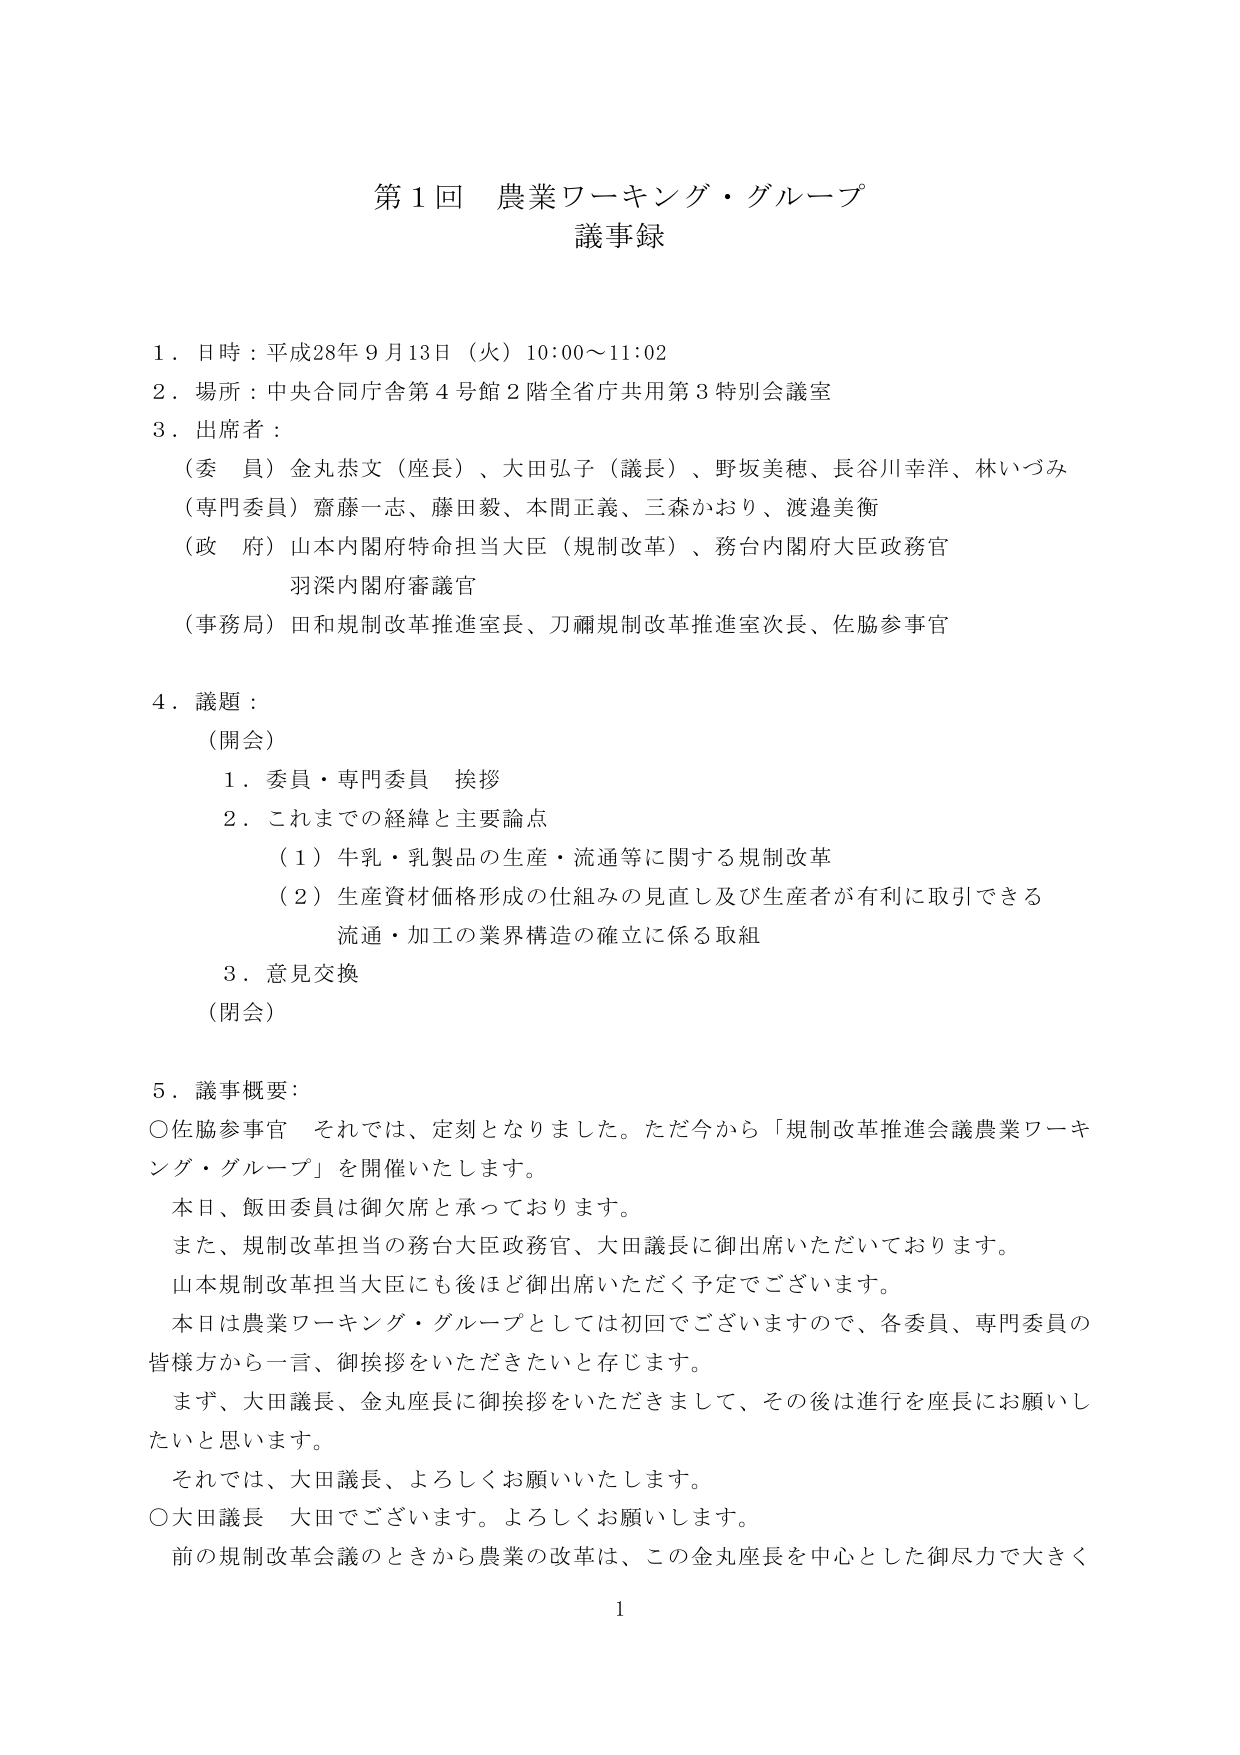
第１回 農業ワーキング・グループ
議事録

１．日時：平成28年９月13日（火）10:00～11:02
２．場所：中央合同庁舎第４号館２階全省庁共用第３特別会議室
３．出席者：
　（委員）金丸恭文（座長）、大田弘子（議長）、野坂美穂、長谷川幸洋、林いづみ
　（専門委員）齋藤一志、藤田毅、本間正義、三森かおり、渡邉美衡
　（政府）山本内閣府特命担当大臣（規制改革）、務台内閣府大臣政務官
　　　　　羽深内閣府審議官
　（事務局）田和規制改革推進室長、刀禰規制改革推進室次長、佐脇参事官

４．議題：
　（開会）
　　１．委員・専門委員　挨拶
　　２．これまでの経緯と主要論点
　　　（１）牛乳・乳製品の生産・流通等に関する規制改革
　　　（２）生産資材価格形成の仕組みの見直し及び生産者が有利に取引できる
　　　　　流通・加工の業界構造の確立に係る取組
　　３．意見交換
　（閉会）

５．議事概要：
　○佐脇参事官　それでは、定刻となりました。ただ今から「規制改革推進会議農業ワーキング・グループ」を開催いたします。
　　本日、飯田委員は御欠席と承っております。
　　また、規制改革担当の務台大臣政務官、大田議長に御出席いただいております。
　　山本規制改革担当大臣にも後ほど御出席いただく予定でございます。
　　本日は農業ワーキング・グループとしては初回でございますので、各委員、専門委員の皆様方から一言、御挨拶をいただきたいと存じます。
　　まず、大田議長、金丸座長に御挨拶をいただきまして、その後は進行を座長にお願いしたいと思います。
　　それでは、大田議長、よろしくお願いいたします。
　○大田議長　大田でございます。よろしくお願いします。
　　前の規制改革会議のときから農業の改革は、この金丸座長を中心とした御尽力で大きく

1